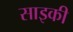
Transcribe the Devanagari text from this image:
साइकी